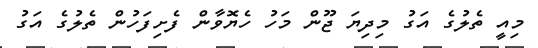
މިއީ ތެލުގެ އަގު މިދިޔަ ޖޫން މަހު ހެޔޮވާން ފެށިފަހުން ތެލުގެ އަގު